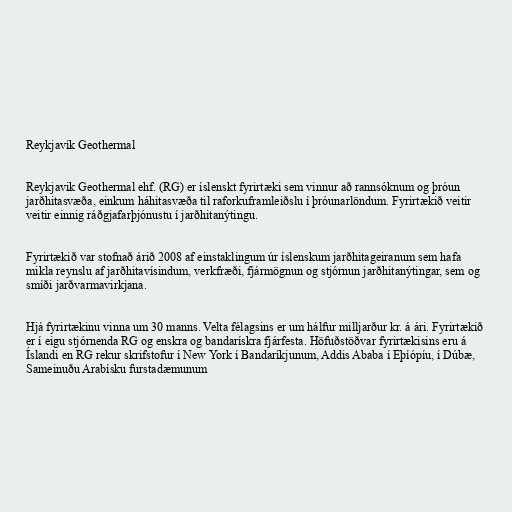
Reykjavík Geothermal

Reykjavik Geothermal ehf. (RG) er íslenskt fyrirtæki sem vinnur að rannsóknum og þróun
jarðhitasvæða, einkum háhitasvæða til raforkuframleiðslu í þróunarlöndum. Fyrirtækið veitir
veitir einnig ráðgjafarþjónustu í jarðhitanýtingu.

Fyrirtækið var stofnað árið 2008 af einstaklingum úr íslenskum jarðhitageiranum sem hafa
mikla reynslu af jarðhitavísindum, verkfræði, fjármögnun og stjórnun jarðhitanýtingar, sem og
smíði jarðvarmavirkjana.

Hjá fyrirtækinu vinna um 30 manns. Velta félagsins er um hálfur milljarður kr. á ári. Fyrirtækið
er í eigu stjórnenda RG og enskra og bandarískra fjárfesta. Höfuðstöðvar fyrirtækisins eru á
Íslandi en RG rekur skrifstofur í New York í Bandaríkjunum, Addis Ababa í Eþíópíu, í Dúbæ,
Sameinuðu Arabísku furstadæmunum